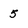
Character: 5